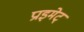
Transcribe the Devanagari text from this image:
प्राइमेट्